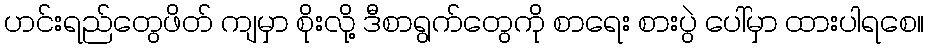
ဟင်းရည်တွေဖိတ် ကျမှာ စိုးလို့ ဒီစာရွက်တွေကို စာရေး စားပွဲ ပေါ်မှာ ထားပါရစေ။